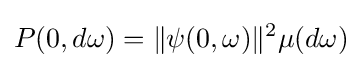
P(0,d\omega )=\|\psi (0,\omega )\|^{2}\mu (d\omega )